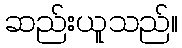
ဆည်းယူသည်။